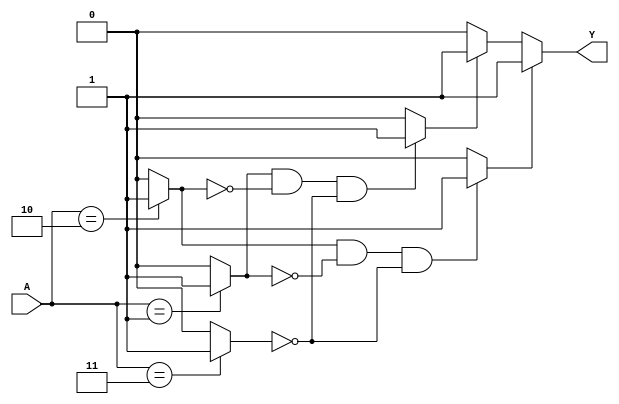
module EssentialPrimeImplicants (
    input [3:0] A, // 4-bit input representing the truth table (4 variables)
    output reg Y   // Output representing the minimized logic function
);

// Define the minterms for which the output should be high
parameter MINTERMS = 4'b1101; // Example: minterms 3, 2, 1 (binary 1101)

// Internal signals for prime implicants
reg [15:0] prime_implicants; // 16 possible combinations for 4 variables
reg [15:0] essential_implicants; // Essential prime implicants

// Function to generate prime implicants
always @(*) begin
    // Initialize prime implicants
    prime_implicants = 0;

    // Generate prime implicants based on the minterms
    // This is a simplified example; normally, you'd use a more complex algorithm
    if (A == 4'b0001) prime_implicants[0] = 1; // minterm 1
    if (A == 4'b0010) prime_implicants[1] = 1; // minterm 2
    if (A == 4'b0011) prime_implicants[2] = 1; // minterm 3
    // Add more conditions for other minterms as needed
end

// Function to identify essential prime implicants
always @(*) begin
    // Initialize essential implicants
    essential_implicants = 0;

    // Identify essential prime implicants
    // This is a simplified example; normally, you'd check coverage
    if (prime_implicants[0] && !prime_implicants[1] && !prime_implicants[2]) begin
        essential_implicants[0] = 1; // Essential if it covers a unique minterm
    end
    if (prime_implicants[1] && !prime_implicants[0] && !prime_implicants[2]) begin
        essential_implicants[1] = 1; // Essential if it covers a unique minterm
    end
    // Add more conditions for other implicants as needed
end

// Output logic combining essential prime implicants
always @(*) begin
    Y = 0; // Default output
    if (essential_implicants[0]) Y = Y | 1; // Combine outputs of essential implicants
    if (essential_implicants[1]) Y = Y | 1; // Adjust based on actual logic
    // Add more conditions for other essential implicants as needed
end

endmodule